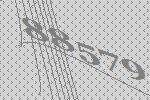
88579